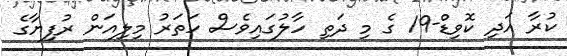
ކުރާ އަދި ކޮވިޑް-19 ގެ މި ދަތި ހާލުގައިވެސް ހަތަރު މިލިއަން ރުފިޔާގެ